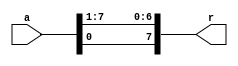
// Created by Jeevaka Dassanayake on 4/29/18.
//   Copyright (c) 2018 Jeevaka Dassanayake.

`timescale 1ns / 1ps

module RotR( input [7:0] a, output [7:0] r );

	assign r = { a[0], a[7:1] };

endmodule